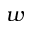
w